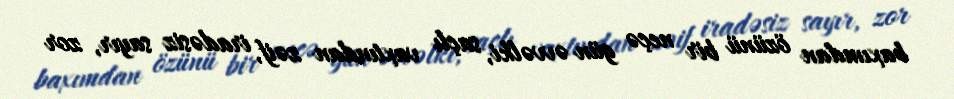
baxımdan özünü bir neçə gün əvvəlki, saçlı vaxtından zəif, iradəsiz sayır, zor